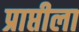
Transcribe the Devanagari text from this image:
प्राप्तीला